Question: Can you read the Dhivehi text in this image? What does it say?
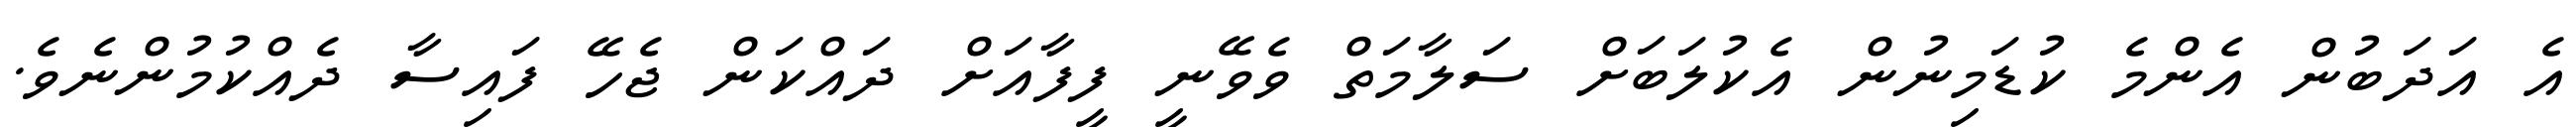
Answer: އެ އަދަބުން އެންމެ ކުޑަމިނުން އެކުލަބަށް ސަލާމަތް ވެވޭނީ ފީފާއަށް ދައްކަން ޖެހޭ ފައިސާ ދެއްކުމުންނެވެ.